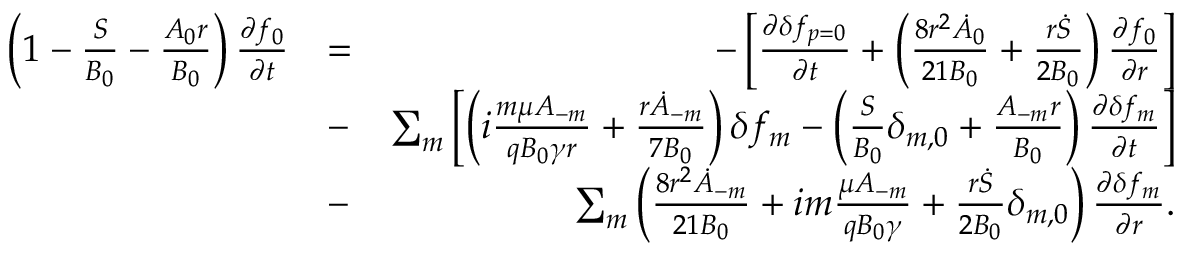
\begin{array} { r l r } { \left( 1 - \frac { S } { B _ { 0 } } - \frac { A _ { 0 } r } { B _ { 0 } } \right) \frac { \partial f _ { 0 } } { \partial t } } & { = } & { - \left[ \frac { \partial \delta f _ { p = 0 } } { \partial t } + \left( \frac { 8 r ^ { 2 } \dot { A } _ { 0 } } { 2 1 B _ { 0 } } + \frac { r \dot { S } } { 2 B _ { 0 } } \right) \frac { \partial f _ { 0 } } { \partial r } \right] } \\ & { - } & { \sum _ { m } \left[ \left( i \frac { m \mu A _ { - m } } { q B _ { 0 } \gamma r } + \frac { r \dot { A } _ { - m } } { 7 B _ { 0 } } \right) \delta f _ { m } - \left( \frac { S } { B _ { 0 } } \delta _ { m , 0 } + \frac { A _ { - m } r } { B _ { 0 } } \right) \frac { \partial \delta f _ { m } } { \partial t } \right] } \\ & { - } & { \sum _ { m } \left( \frac { 8 r ^ { 2 } \dot { A } _ { - m } } { 2 1 B _ { 0 } } + i m \frac { \mu A _ { - m } } { q B _ { 0 } \gamma } + \frac { r \dot { S } } { 2 B _ { 0 } } \delta _ { m , 0 } \right) \frac { \partial \delta f _ { m } } { \partial r } . } \end{array}